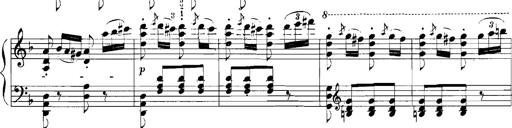
Title: Rhapsodies hongroises
Composer: Franz Liszt